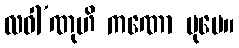
လဝါ’ဏုဟိ ကဏော ပုမေ။